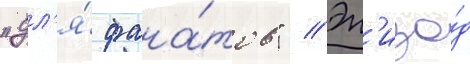
"дл'я́ фана́тов" // Эп'изо́д